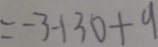
= - 3 - 1 3 0 + 9